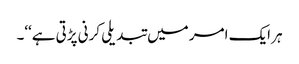
ہر ایک امر میں تبدیلی کرنی پڑتی ہے‘‘۔